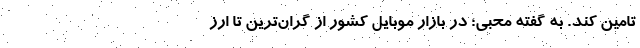
تامین کند. به گفته محبی؛ در بازار موبایل کشور از گران‌ترین تا ارز